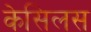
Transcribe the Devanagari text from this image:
केसिलस